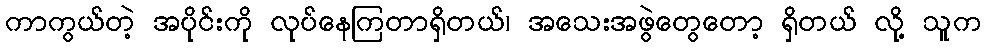
ကာကွယ်တဲ့ အပိုင်းကို လုပ်နေကြတာရှိတယ်၊ အသေးအဖွဲတွေတော့ ရှိတယ် လို့ သူက